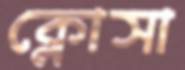
ক্লোসা